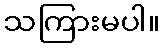
သကြားမပါ။